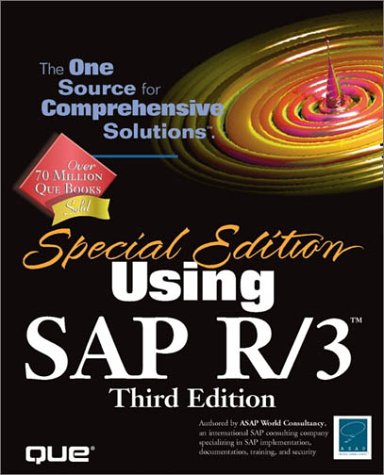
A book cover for Special Edition Using SAP R/3 (3rd Edition); ASAP World Consultancy; Computers & Technology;